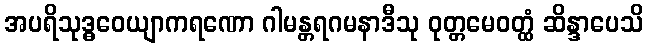
အပရိသုဒ္ဓဝေယျာကရဏော ဂါမန္တရဂမနာဒီသု ဝုတ္တမေဝတ္ထံ ဆိန္ဒာပေသိ